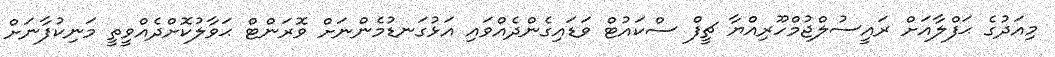
މިއަދުގެ ޙަފްލާއަށް ރައީސުލްޖުމްހޫރިއްޔާ ޗީފް ސްކައުޓް ވަޑައިގެންދެއްވައި އަޅުގަނޑުމެންނަށް ވޮރަންޓް ޙަވާލުކޮށްދެއްވީތީ މަނިކުފާނަށް